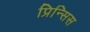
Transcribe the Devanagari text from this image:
प्रिन्सिस